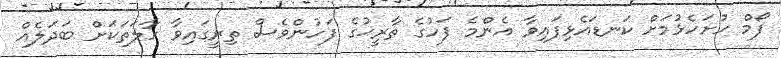
ފޯމް ހުށަހެޅުމަށް ކަނޑައެޅިފައިވާ އެންމެ ފަހުގެ ތާރީޚުގެ ފަހުންވެސް ތިރީގައިވާ ހާލަތަކަށް ބަދަލެއް